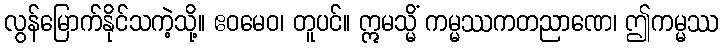
လွန်မြောက်နိုင်သကဲ့သို့။ ဧဝမေဝ၊ တူပင်။ ဣမသ္မိံ ကမ္မဿကတညာဏေ၊ ဤကမ္မဿ